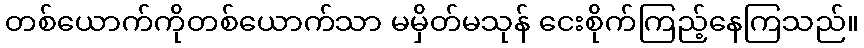
တစ်ယောက်ကိုတစ်ယောက်သာ မမှိတ်မသုန် ငေးစိုက်ကြည့်နေကြသည်။